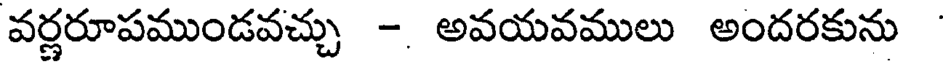
వర్ణరూపముండవచ్చు -. అవయవములు అందరకును